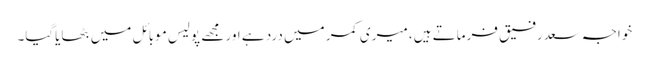
خواجہ سعدرفیق فرماتے ہیں، میری کمر میں درد ہے اور مجھے پولیس موبائل میں بٹھایاگیا۔